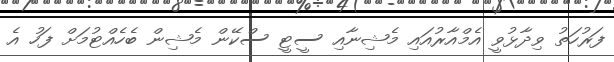
ފަރުހަތު ވިދާޅުވީ އެމްއާރުއައި މެޝިނާއި ސީޓީ ސްކޭން މެޝިން ބެހެއްޓުމަށް ފަހު އެ